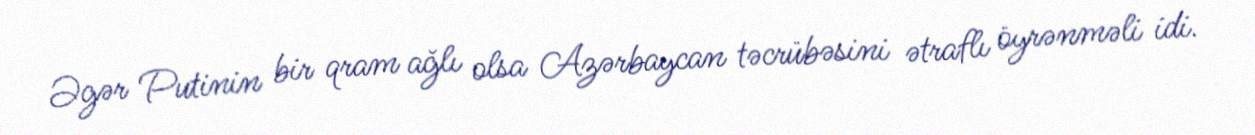
Əgər Putinin bir qram ağlı olsa Azərbaycan təcrübəsini ətraflı öyrənməli idi.